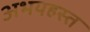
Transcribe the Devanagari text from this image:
अभयहस्त